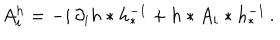
A _ { i } ^ { h } = - i \, \partial _ { i } h * h _ { * } ^ { - 1 } + h * A _ { i } * h _ { * } ^ { - 1 } \, .